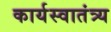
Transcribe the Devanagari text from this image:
कार्यस्वातंत्र्य